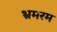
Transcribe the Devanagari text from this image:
भ्रमरम